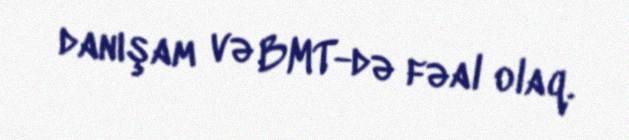
danışam və BMT-də fəal olaq.